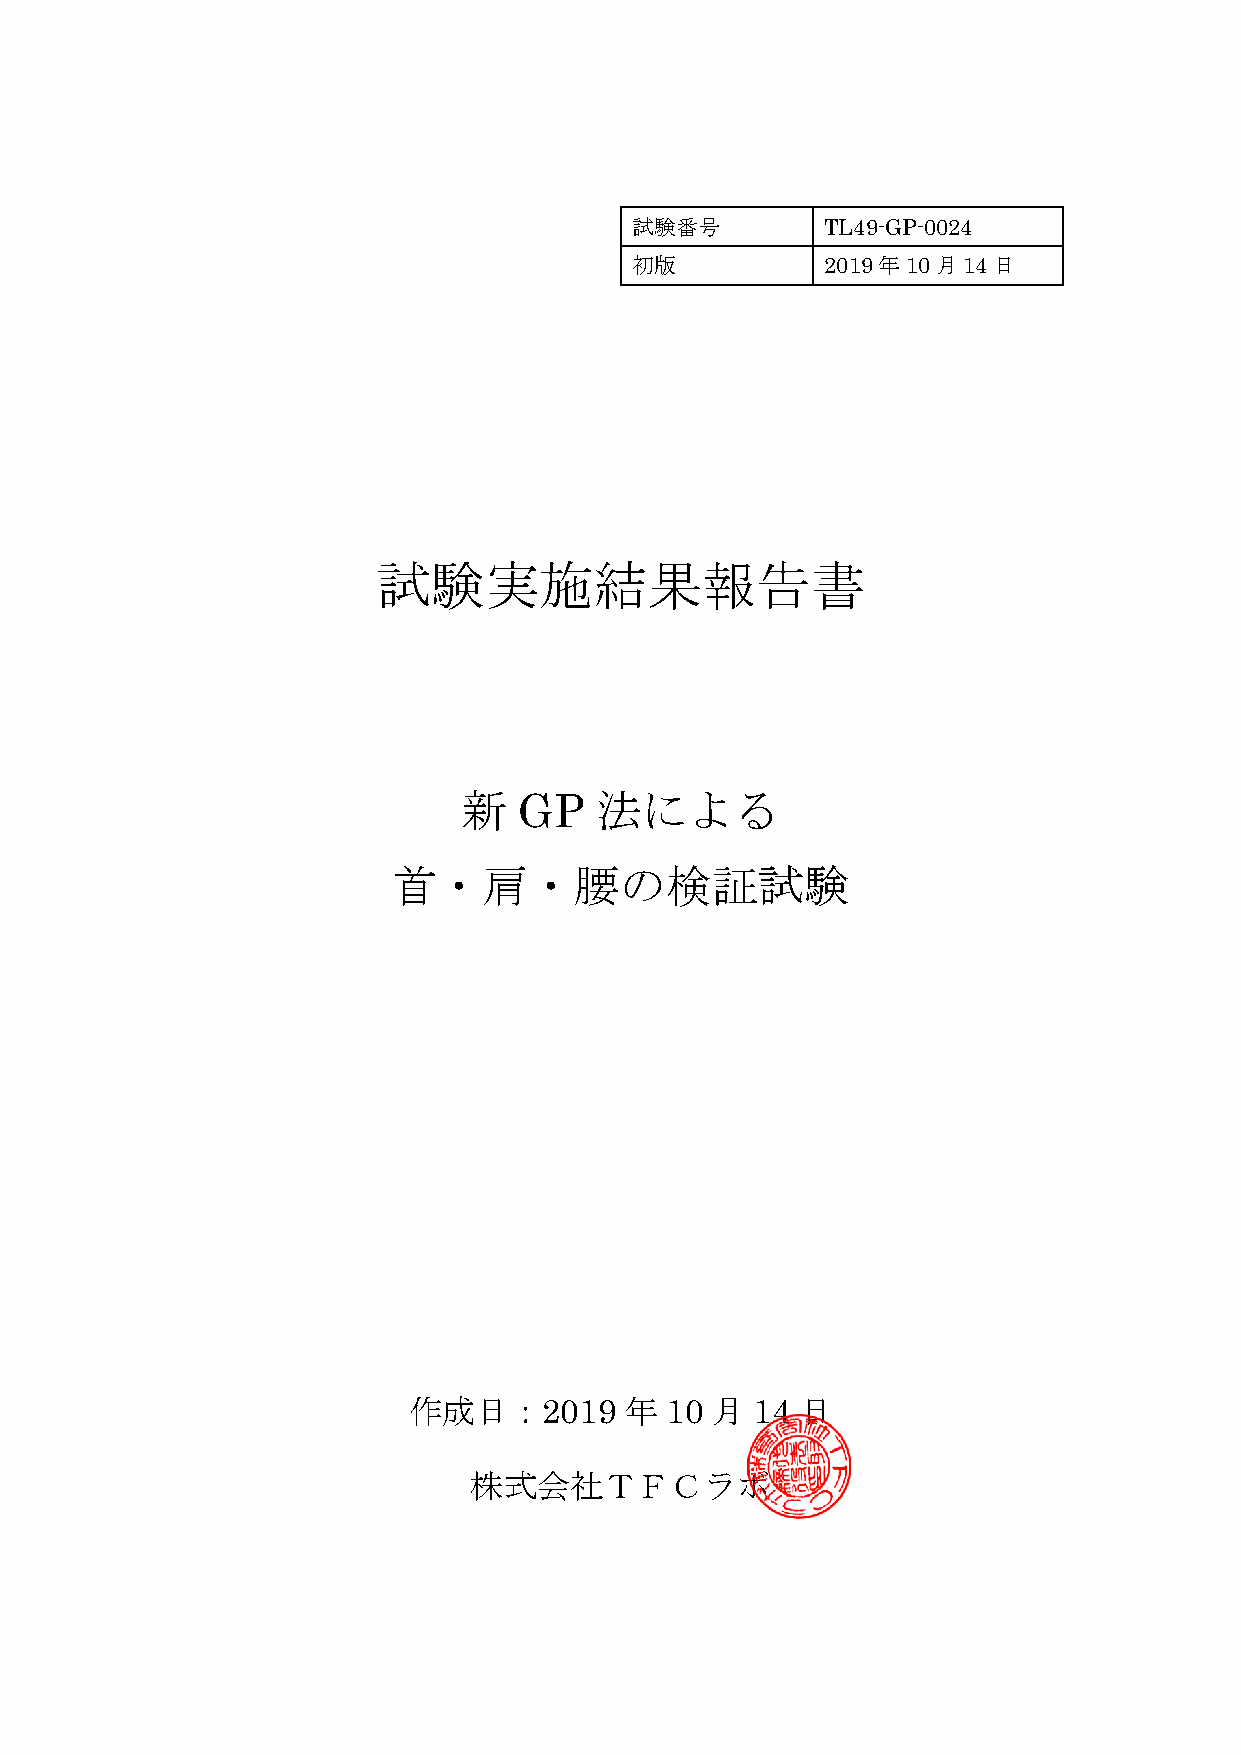
試験番号         TL49-GP-0024
 初版           2019年10月14日
 試験実施結果報告書
 新  GP   法による
 首・肩・腰の検証試験
 作成日：2019      年  10 月  14 日
 株式会社ＴＦＣラボ